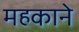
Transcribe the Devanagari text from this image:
महकाने